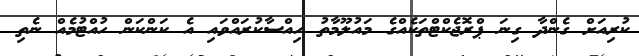
ކުރިއަށް ގެންދާ ގިނަ ޕްރޮޖެކްޓްތަކެއްގެ މައުލޫމާތު ހިއްސާކުރައްވައި އެ ކަންކަން ހުއްޓުމެއް ނެތި